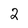
Character: 2